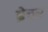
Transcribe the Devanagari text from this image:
ब्रेचर